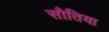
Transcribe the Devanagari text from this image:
सौतिया